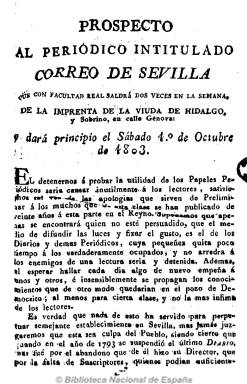
Título: Correo de Sevilla
Otros títulos: Correo de Sevilla, literario y económico
Colección: Periódicos anteriores a 1850
Ámbito geográfico: Sevilla
Lugar de publicación: Sevilla
Fechas: 01/10/1803-30/04/1815

Impulsado por el impresor José Hidalgo, que fallecería antes de empezar a ser impreso por facultad Real por su viuda y sobrino el uno de octubre de 1803, es dirigido por el erudito Justino Matute y Gavidia, quien junto a sus amigos poetas de la nueva escuela sevillana en torno a la Academia de Letras Humanas, harán de este un bisemanario (salía los miércoles y sábados) de gran alcance literario. Pues con Matute publicarán poemas y crítica literaria Alberto Lista, José Marchena, Tomás González Carvajal, José María Blanco White (que llegará a ser nombrado censor del periódico), José María Roldán, Francisco de Paula López Castro y Manuel María del Mármol, entre otros.

Adopta también el título de Correo de Sevilla, literario y económico, y es conocido asimismo como Correo literario y económico de Sevilla. En números de ocho páginas, incluirá artículos literarios, de historia, arqueología, geografía, filosofía, moral, de crítica teatral, junto a los de creación, especialmente en verso, así como algunos cuentos. Su segunda parte estará dedicado a las “Noticias particulares” de rango local (anuncios de sirvientes, amas, nodrizas, compras, pérdidas, hallazgos, libros nuevos, cartelera teatral, culto religioso, cambios de moneda, precios de los granos, aceite, carnes, etc.).
Tras publicar 487 números hasta el 28 de mayo de 1808, desparece con toda probabilidad por la situación bélica, reapareciendo este título el 12 de abril de 1815, cada miércoles y domingo, de la imprenta de Padrino. En esta ocasión en números de cuatro páginas, ofrece extractos de periódicos españoles y extranjeros, y al final unos breves anuncios locales. Asimismo durante otros días de la semana publica un suplemento bajo el título Correo extraordinario, con el mismo tipo de contenidos. Esta cabecera reaparecerá de nuevo en 1843.